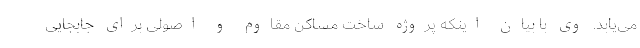
می‌یابد. وی با بیان اینکه پروژه ساخت مساکن مقاوم و اصولی برای جابجایی